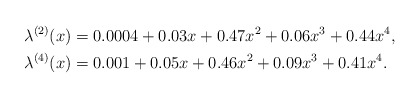
\begin{align*}\lambda^{(2)}(x) &= 0.0004 + 0.03x + 0.47x^2 + 0.06 x^3 + 0.44 x^4,\\\lambda^{(4)}(x) &= 0.001 + 0.05x + 0.46x^2 + 0.09 x^3 + 0.41 x^4.\end{align*}